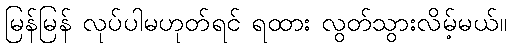
မြန်မြန် လုပ်ပါမဟုတ်ရင် ရထား လွတ်သွားလိမ့်မယ်။